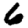
Digit: 6